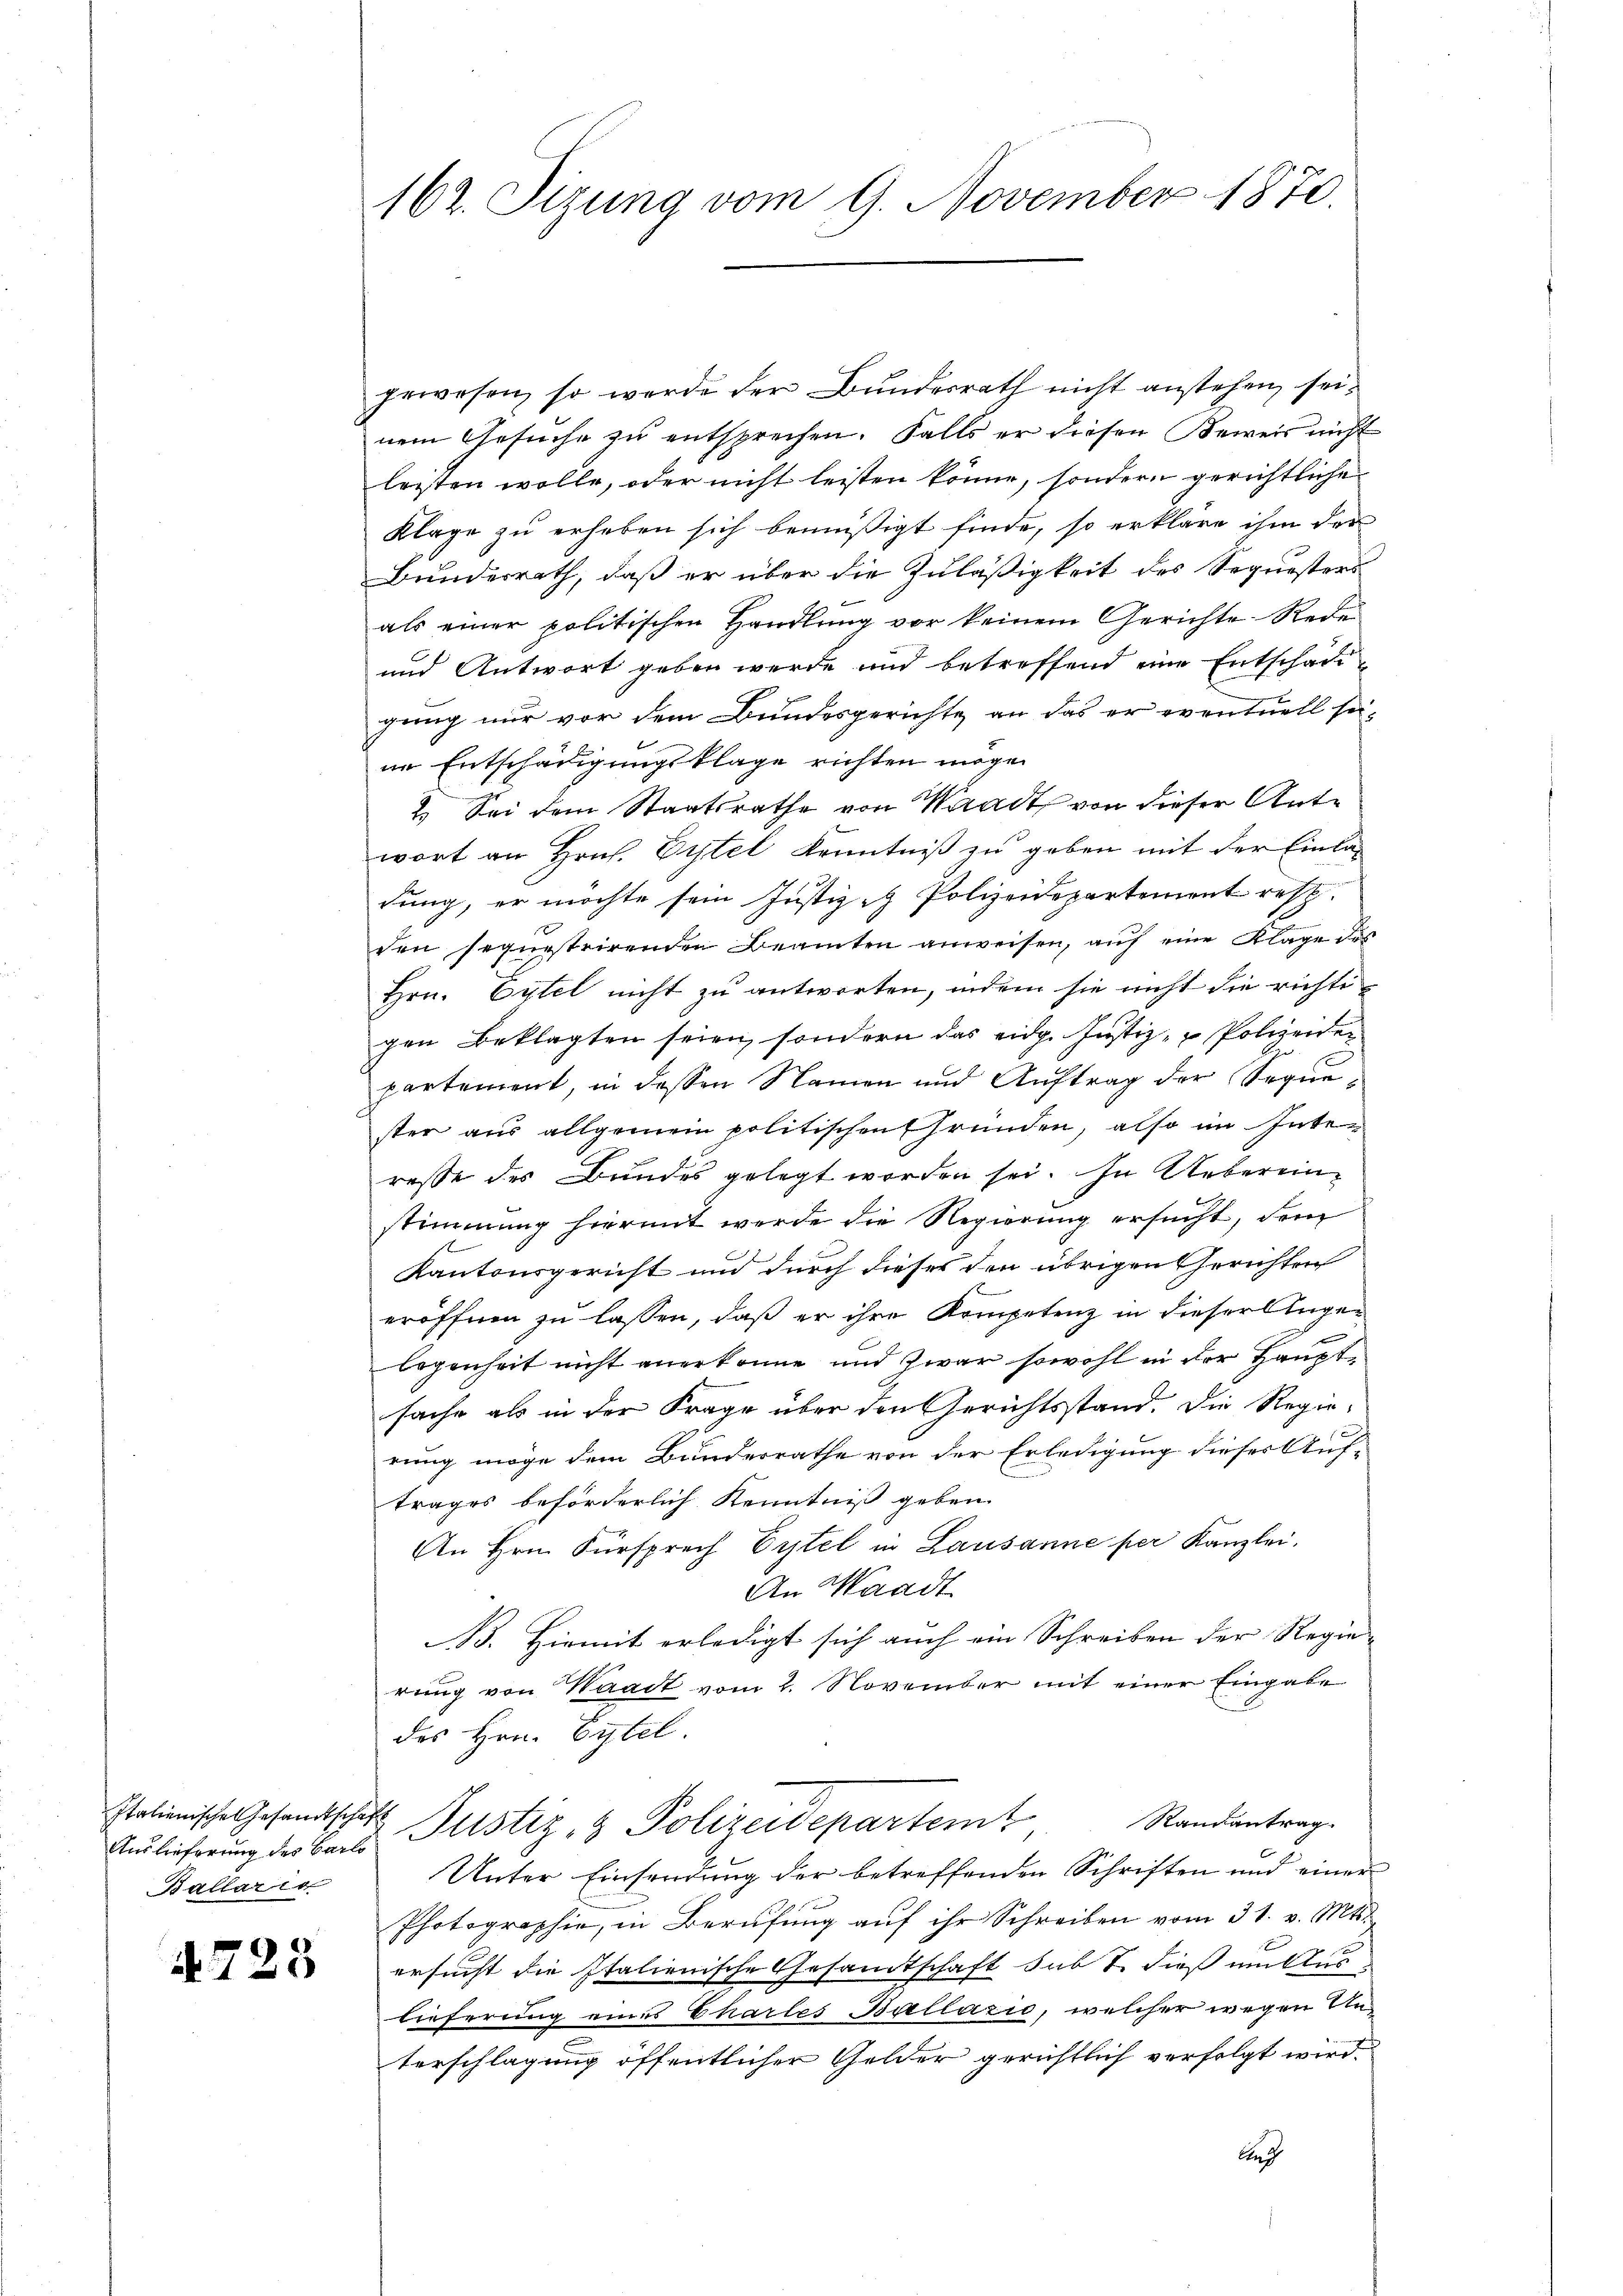
Auslieferung des Barlo
Ballaris

4723

162. Sizung vom 9. November 1870.

gewesen, so werde der Bundesrath nicht anstehen sei,
nem Gesuche zu entsprechen. Falls er diesen Beweis nicht
lezten wolle, oder nicht leisten könne, sondern gerichtliche
Klage zu erheben sich bemüßigt finde, so erkläre ihm der
Bundesrath, daß er über die Zuläßigkeit des Sequesters
als einer politischen Handlung vor keinem Gerichte Rede
und Antwort geben werde und betreffend eine Entschädigung nur vor dem Bundesgerichte an das er eventuell sei-
ne Entschaugungsklage richten möge.
2.) Sei dem Staatsrathe von Waadt von dieser Antwort an Hrn. Eitel Kenntniß zu geben mit der Einladung, er möchte sein Justiz- Polizeidepartemont resp.
den sequestrirenden Beamten anweisen, auf eine Klage des
Hrn. Eytel nicht zu antworten, indem sie nicht die richtigen Beklagten seien, sondern das eidg. Justiz- u Polizeiden
partement, in dessen Namen und Auftrag der Sequester aus allgemein politischen Gründen, also im Inten
resse des Bundes gelegt worden sei. In Uebereinstimmung hierant werde die Regierung ersucht, dem
Kantonsgericht und durch dieses den übrigen Gerichten
eröffnen zu lassen, daß er ihre Kompetenz in dieser Angelegenheit nicht anerkenne und zwar sowohl in der Hauptsache als in der Frage über den Gerichtsstand. Die Regie-
rung möge dem Bundesrathe von der Erledigung dieser Auftrages beförderlich Kenntniß geben.
An Hrn. Fürsprech Eitel in Lausanne per Kanzlei,
An Waadt
B. Hiemit erledigt sich auch ein Schreiben der Regie- |
rung von Waadt vom 2. November mit einer Eingabe
des Hrn. Eytel
Randantrag
Italienische Gesandtschaft Justiz & Polizeidepartemt
Unter Einsendung der betreffenden Schriften und einer
Photographie, in Berufung auf ihr Schreiben vom 31. v. Mts.
ersucht die Italienische Gesandtschaft sub 1. dieß mittes
lieferung eines Chartes Bullazić, welcher wegen The
terschlagung öffentlicher Gelder gerichtlich verfolgt wird.
Caus